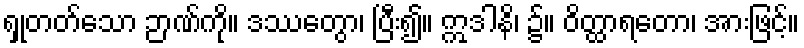
ရှုတတ်သော ဉာဏ်ကို။ ဒဿေတွာ၊ ပြီး၍။ ဣဒါနိ၊ ၌။ ဝိတ္ထာရတော၊ အားဖြင့်။